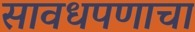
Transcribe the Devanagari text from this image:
सावधपणाचा